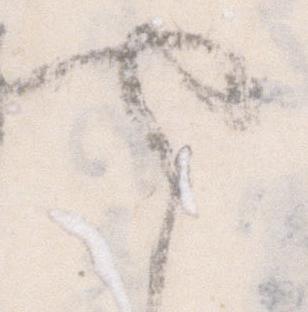
や